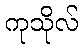
ကုသိုလ်